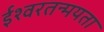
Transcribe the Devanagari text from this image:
ईश्वरतन्मयता